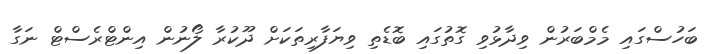
ބަހުސްގައި މެމްބަރުން ވިދާޅުވި ގޮތުގައި ބޮޑެތި ވިޔަފާރިތަކަށް ދޫކުރާ ލޯނުން އިންޓްރެސްޓް ނަގާ